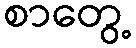
စာတွေ့